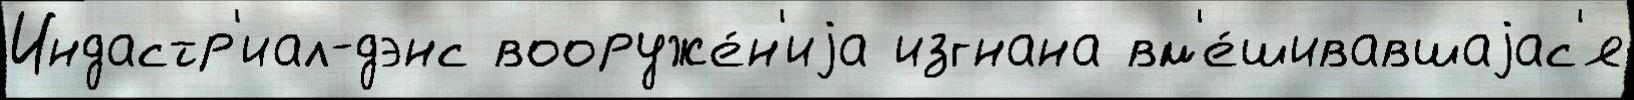
Индастр'иал-дэнс вооруже́н'иjа изгнана вм'е́шивавшаjас'я